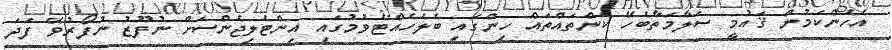
އެހެންކަމުން ޤައުމީ ސަލާމަތާބެހޭ ކަންތައްތައް ހިންގައި ބެލެހެއްޓެވުމުގައި އިންޓެލިޖެންސަށް ނުފޫޒު ނުފޯރުވޭ ފަދަ